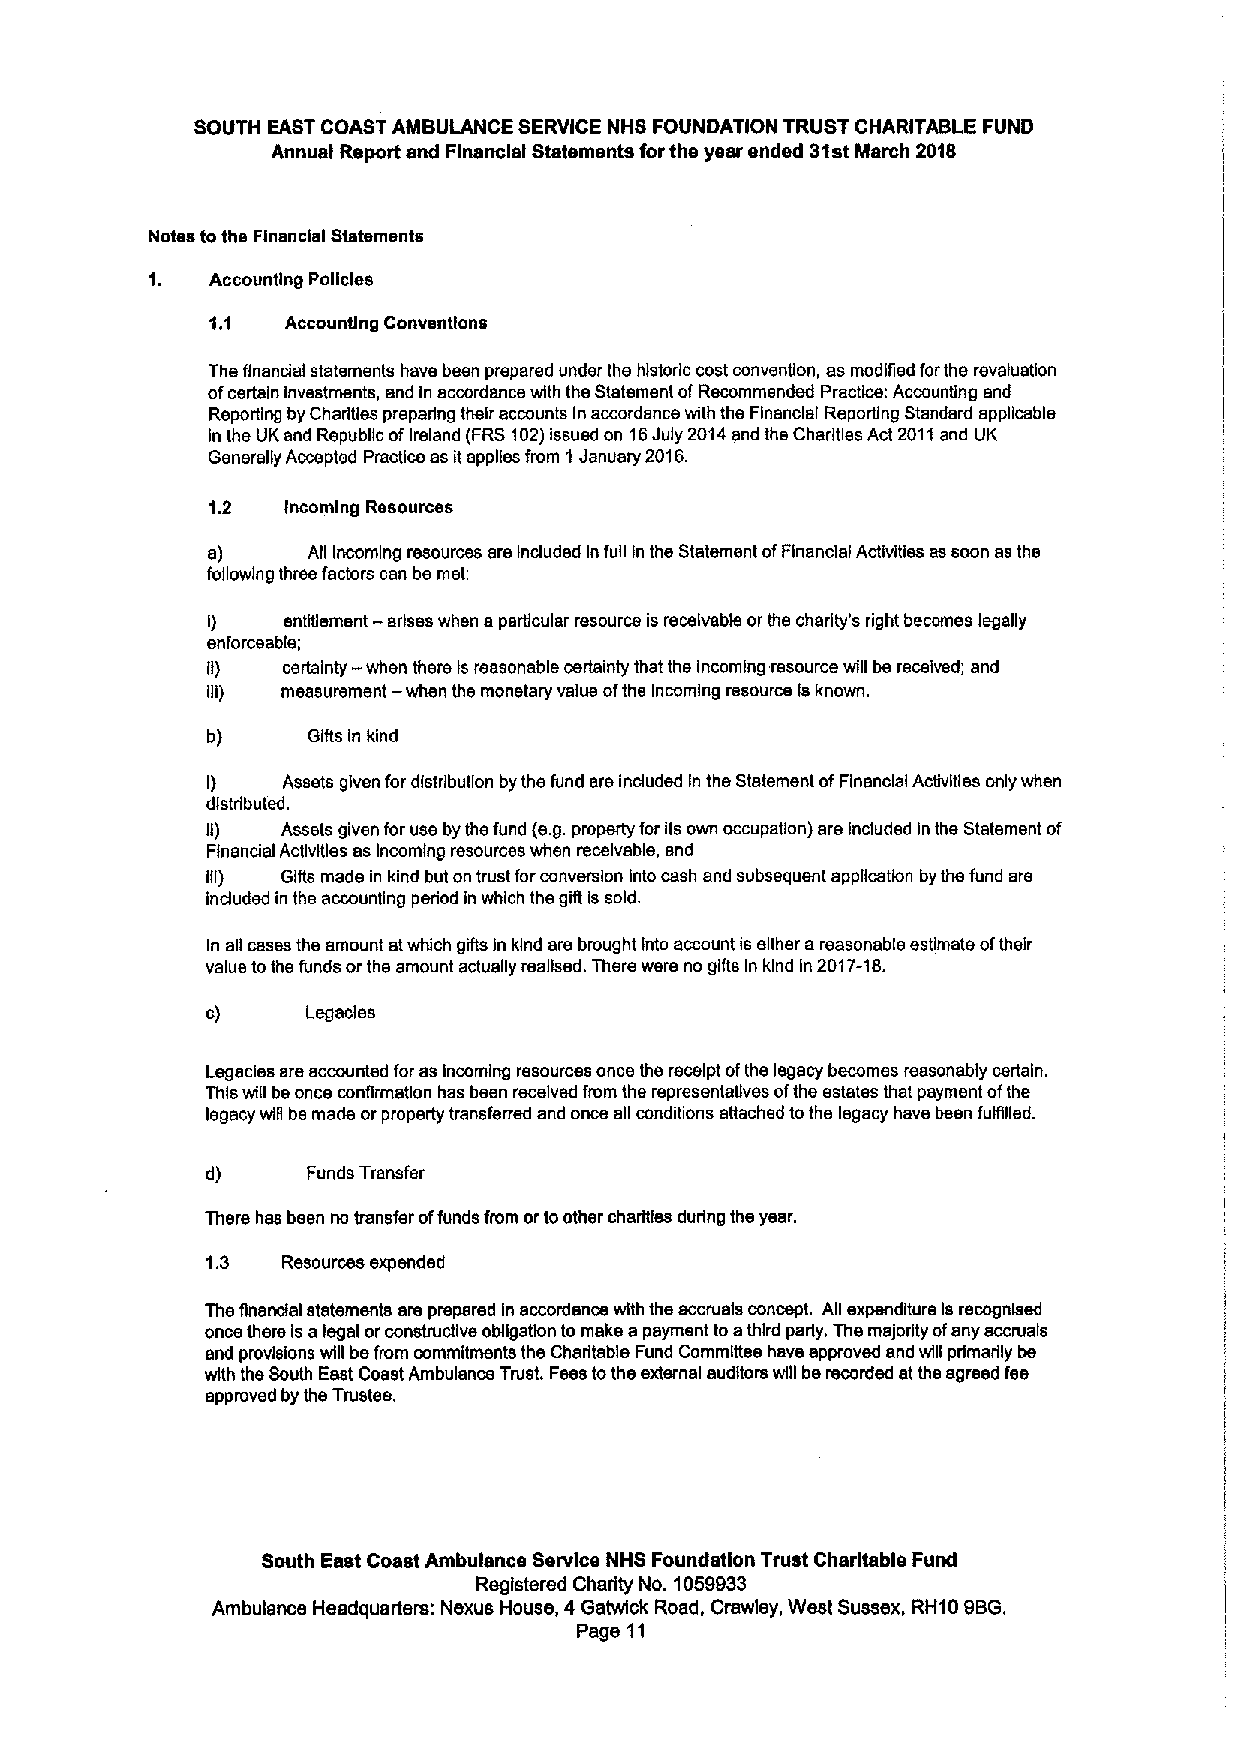
SOUTH EAST COAST AMBULANCE SERVICE NHS FOUNDATION TRUST CHARITABLE FUND
 Annual Report and Financial Statements forthe year ended 31stMarch 2018
 Notes tothe Financial Statements
 Accounting Policies
 1.1  Accounting Conventions
 Ths financial statements have been prepared under the historic cost convengon, as modified forthe revaluation
 ofcertain Investments, and in accordance with the Statement ofRecommended Practiotx Accounting snd
 Reporting by Charltlss preparing their accounts In accordance with ths Financial Reporting Standard applicabls
 in the UKand Republic ofIreland (FRS102)issued on 16July 2014and the Charities Act2011snd UK
 Generally Accepted Practice as itapplies from 1January 2016.
 1.2  Incoming Resources
 e)    All Incoming resources are Induded In full In the Statement ofFinancial Activities as soon as the
 following three factors can bs met
 I)   entitlement —arises when aparticular resource is receivable orthe charity's right becomes legally
 enforceable;
 il)  certainty-when there Isreasonable certainty that the incoming resource will be received; and
 lli) measurement -when the monetary value ofthe Incoming resource ls known.
 b)    Gifts in kind
 I)   Assete given for distribution by ths fund are induded In the Statement ofFinancial Activities only when
 distributed.
 Il)  Assets given for use by ths fund (e.g.property for its own occupation) srs Included in the Statement of
 Ftnandal Activities as Incoming resources when receivable, and
 III) Gifts made in kind but on trust forconversion Into cash and subsequent application by the fund srs
 indudsd in ths accounting period in which the gift is sold.
 In all cases the amount stwhich gifts In kind sre brought Into account is either areasonable estimate oftheir
 value tothe funds orthe amount actually realised. There were no gifts In kind In 2017-18.
 c)    Legacies
 Lsgedss are accounted for as Incoming resources once the receipt ofthe legacy becomes reasonably certain.
 This will be once confirmation has been received from ths representatives ofths estates that payment ofthe
 legacy will be made orproperty transferred and once all conditions attached tothe legacy have been fuINled.
 &I)   Funds Transfer
 There hss been no transfer offunds from ortoother charities during the year.
 1.3  Resources expended
 The Anarxtsl statements are prepared In accordance with ths sccruals concept. All expenditure ls recognised
 once there Isa legal orconstructive obligation to make apayment toathird party. The me)ority ofany sccrusls
 snd provisions will befrom commitments the Charitable Fund Committee have approved and will primarily be
 with the South East Coast Ambulance Trust. Fees tothe external auditors will be recorded at the agreed fee
 approved by the Trustee.
 South East Coast Ambulance Service NHS Foundation Trust Charitable Fund
 Registered Charity No. 1059933
 Ambulance Headquartem: Nexus House, 4Gatwlck Road, Crawley, West Sussex, RH109BG.
 Page 11